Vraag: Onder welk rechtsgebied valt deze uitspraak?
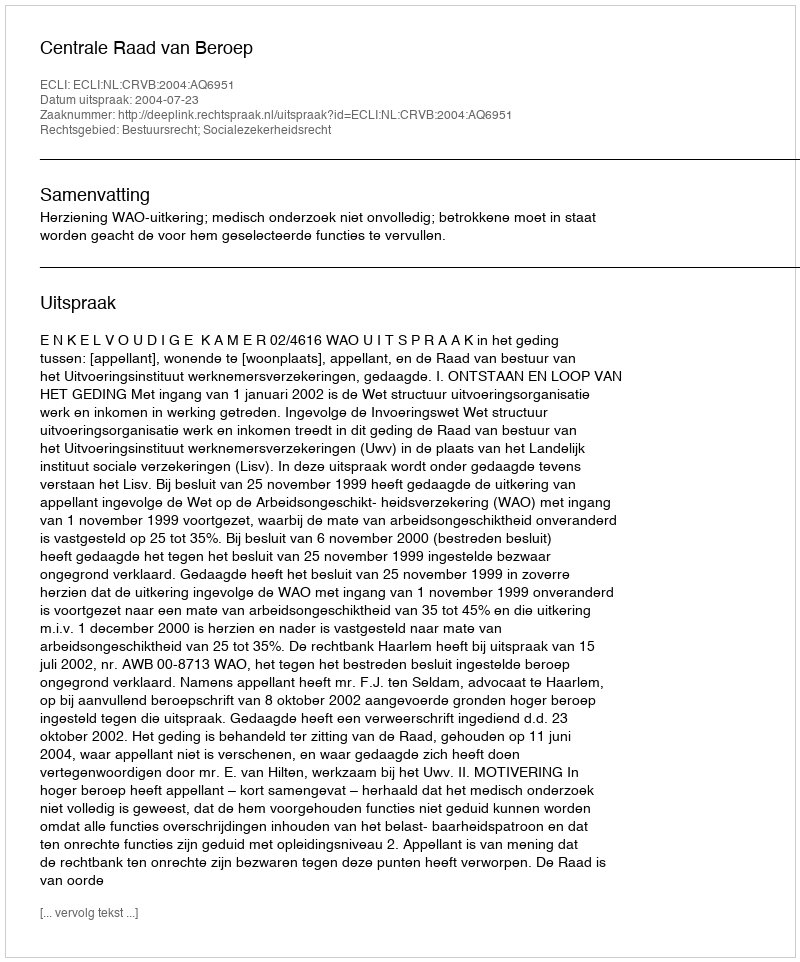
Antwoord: Bestuursrecht; Socialezekerheidsrecht